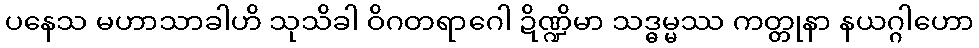
ပနေသ မဟာသာခါဟိ သုသိခါ ဝိဂတရာဂေါ ဍိဏ္ဍိမာ သဒ္ဓမ္မဿ ကတ္တုနာ နယဂ္ဂါဟော